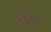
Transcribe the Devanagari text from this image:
हुका